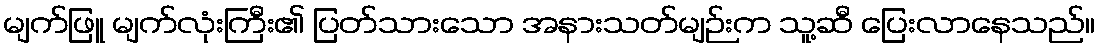
မျက်ဖြူ မျက်လုံးကြီး၏ ပြတ်သားသော အနားသတ်မျဉ်းက သူ့ဆီ ပြေးလာနေသည်။